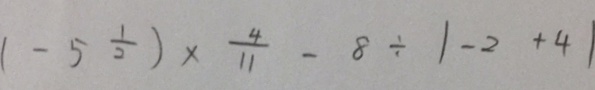
( - 5 \frac { 1 } { 2 } ) \times \frac { 4 } { 1 1 } - 8 \div \vert - 2 + 4 \vert